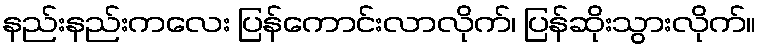
နည်းနည်းကလေး ပြန်ကောင်းလာလိုက်၊ ပြန်ဆိုးသွားလိုက်။